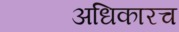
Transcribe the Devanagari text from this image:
अधिकारच